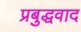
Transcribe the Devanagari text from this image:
प्रबुद्धवाद